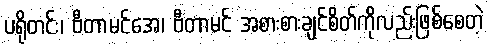
ပရိုတင်း၊ ဗီတာမင်အေ၊ ဗီတာမင် အစားစားချင်စိတ်ကိုလည်းဖြစ်စေတဲ့